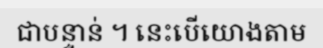
ជាបន្ទាន់ ។ នេះបើយោងតាម